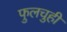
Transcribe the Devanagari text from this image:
फुलचुही